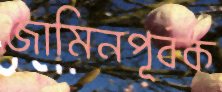
জামিনপূর্বক